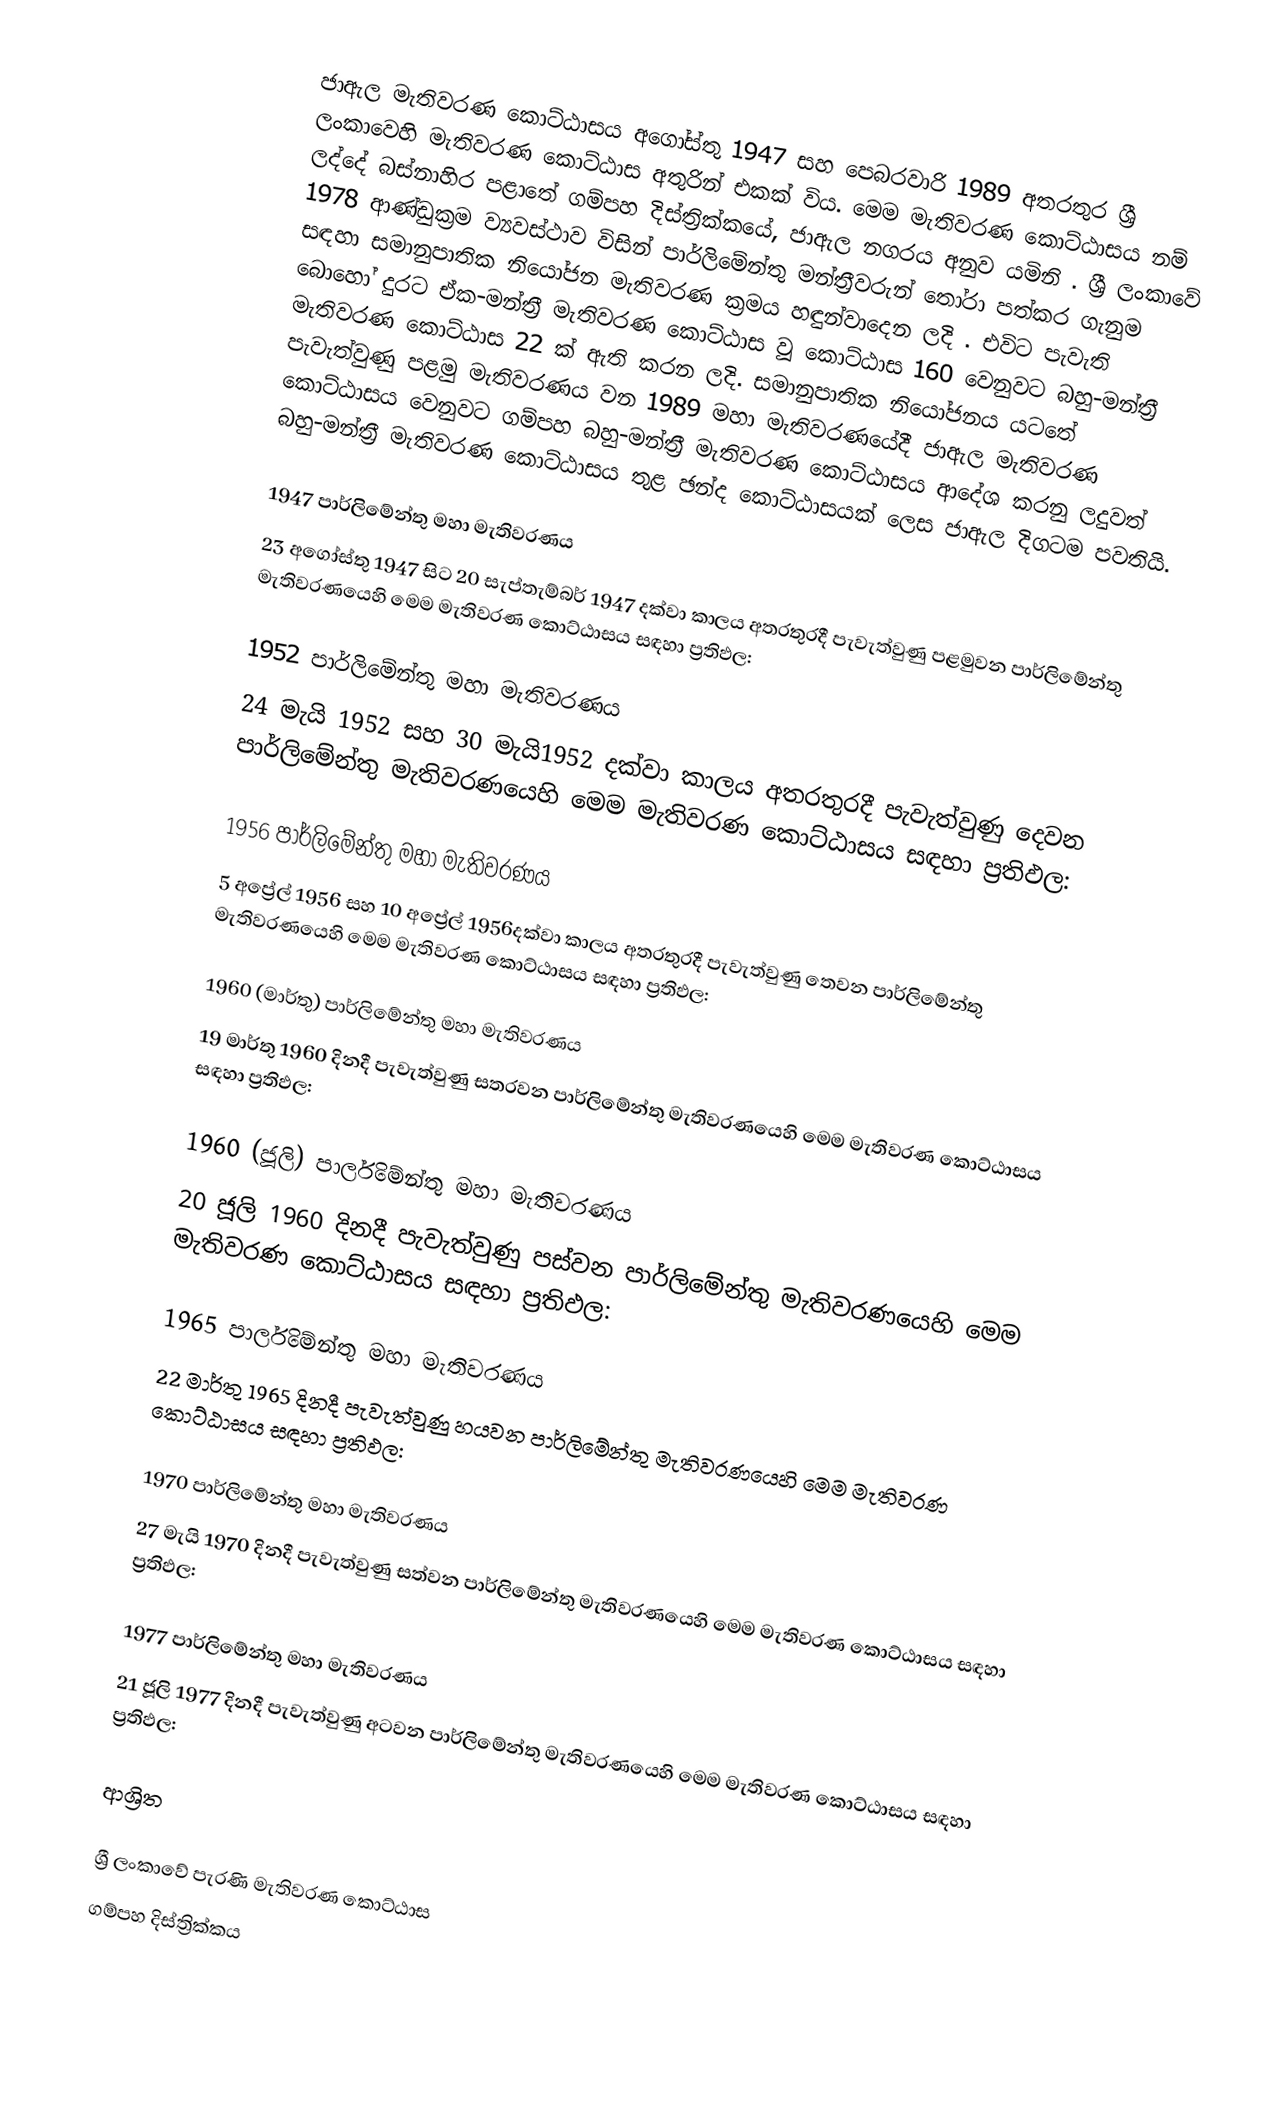
ජාඇල මැතිවරණ කොට්ඨාසය අගෝස්තු 1947 සහ පෙබරවාරි 1989 අතරතුර  ශ්‍රී ලංකාවෙහි  මැතිවරණ කොට්ඨාස අතුරින් එකක් විය. මෙම මැතිවරණ කොට්ඨාසය නම් ලද්දේ  බස්නාහිර පළාතේ  ගම්පහ දිස්ත්‍රික්කයේ,  ජාඇල නගරය අනුව යමිනි . ශ්‍රී ලංකාවේ 1978 ආණ්ඩුක්‍රම ව්‍යවස්ථාව විසින්   පාර්ලිමේන්තු මන්ත්‍රීවරුන් තෝරා පත්කර ගැනුම සඳහා සමානුපාතික නියෝජන මැතිවරණ ක්‍රමය හඳුන්වාදෙන ලදි . එවිට පැවැති බොහෝ දුරට  ඒක-මන්ත්‍රී මැතිවරණ කොට්ඨාස වූ කොට්ඨාස 160 වෙනුවට බහු-මන්ත්‍රී මැතිවරණ කොට්ඨාස 22 ක් ඇති කරන ලදි. සමානුපාතික නියෝජනය යටතේ පැවැත්වුණු පළමු මැතිවරණය වන 1989 මහා මැතිවරණයේදී  ජාඇල මැතිවරණ කොට්ඨාසය වෙනුවට  ගම්පහ බහු-මන්ත්‍රී මැතිවරණ කොට්ඨාසය  ආදේශ කරනු ලදුවත් බහු-මන්ත්‍රී මැතිවරණ කොට්ඨාසය තුළ ඡන්ද කොට්ඨාසයක් ලෙස ජාඇල දිගටම පවතියි.

1947 පාර්ලිමේන්තු මහා මැතිවරණය
23 අගෝස්තු 1947 සිට 20 සැප්තැම්බර් 1947 දක්වා කාලය අතරතුරදී පැවැත්වුණු  පළමුවන පාර්ලිමේන්තු මැතිවරණයෙහි මෙම මැතිවරණ කොට්ඨාසය සඳහා ප්‍රතිඵල:

1952 පාර්ලිමේන්තු මහා මැතිවරණය
24 මැයි 1952 සහ 30 මැයි1952 දක්වා කාලය අතරතුරදී පැවැත්වුණු  දෙවන පාර්ලිමේන්තු මැතිවරණයෙහි මෙම මැතිවරණ කොට්ඨාසය සඳහා ප්‍රතිඵල:

1956 පාර්ලිමේන්තු මහා මැතිවරණය
5 අප්‍රේල් 1956 සහ 10 අප්‍රේල් 1956දක්වා කාලය අතරතුරදී පැවැත්වුණු  තෙවන පාර්ලිමේන්තු මැතිවරණයෙහි මෙම මැතිවරණ කොට්ඨාසය සඳහා ප්‍රතිඵල:

1960 (මාර්තු) පාර්ලිමේන්තු මහා මැතිවරණය
19 මාර්තු 1960 දිනදී පැවැත්වුණු  සතරවන පාර්ලිමේන්තු මැතිවරණයෙහි මෙම මැතිවරණ කොට්ඨාසය සඳහා ප්‍රතිඵල:

1960 (ජූලි) පාර්ලිමේන්තු මහා මැතිවරණය
20 ජූලි 1960 දිනදී පැවැත්වුණු  පස්වන පාර්ලිමේන්තු මැතිවරණයෙහි මෙම මැතිවරණ කොට්ඨාසය සඳහා ප්‍රතිඵල:

1965 පාර්ලිමේන්තු මහා මැතිවරණය
22 මාර්තු 1965  දිනදී පැවැත්වුණු  හයවන පාර්ලිමේන්තු මැතිවරණයෙහි මෙම මැතිවරණ කොට්ඨාසය සඳහා ප්‍රතිඵල:

1970 පාර්ලිමේන්තු මහා මැතිවරණය
27 මැයි 1970 දිනදී පැවැත්වුණු  සත්වන පාර්ලිමේන්තු මැතිවරණයෙහි මෙම මැතිවරණ කොට්ඨාසය සඳහා ප්‍රතිඵල:

1977 පාර්ලිමේන්තු මහා මැතිවරණය
21 ජූලි 1977 දිනදී පැවැත්වුණු  අටවන පාර්ලිමේන්තු මැතිවරණයෙහි මෙම මැතිවරණ කොට්ඨාසය සඳහා ප්‍රතිඵල:

ආශ්‍රිත

ශ්‍රී ලංකාවේ පැරණි මැතිවරණ කොට්ඨාස
 ගම්පහ දිස්ත්‍රික්කය